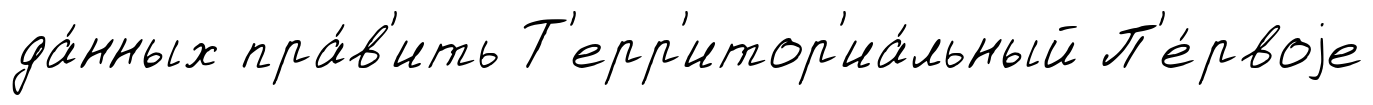
да́нных пра́в'ить Т'ерр'итор'иа́льный П'е́рвоjе